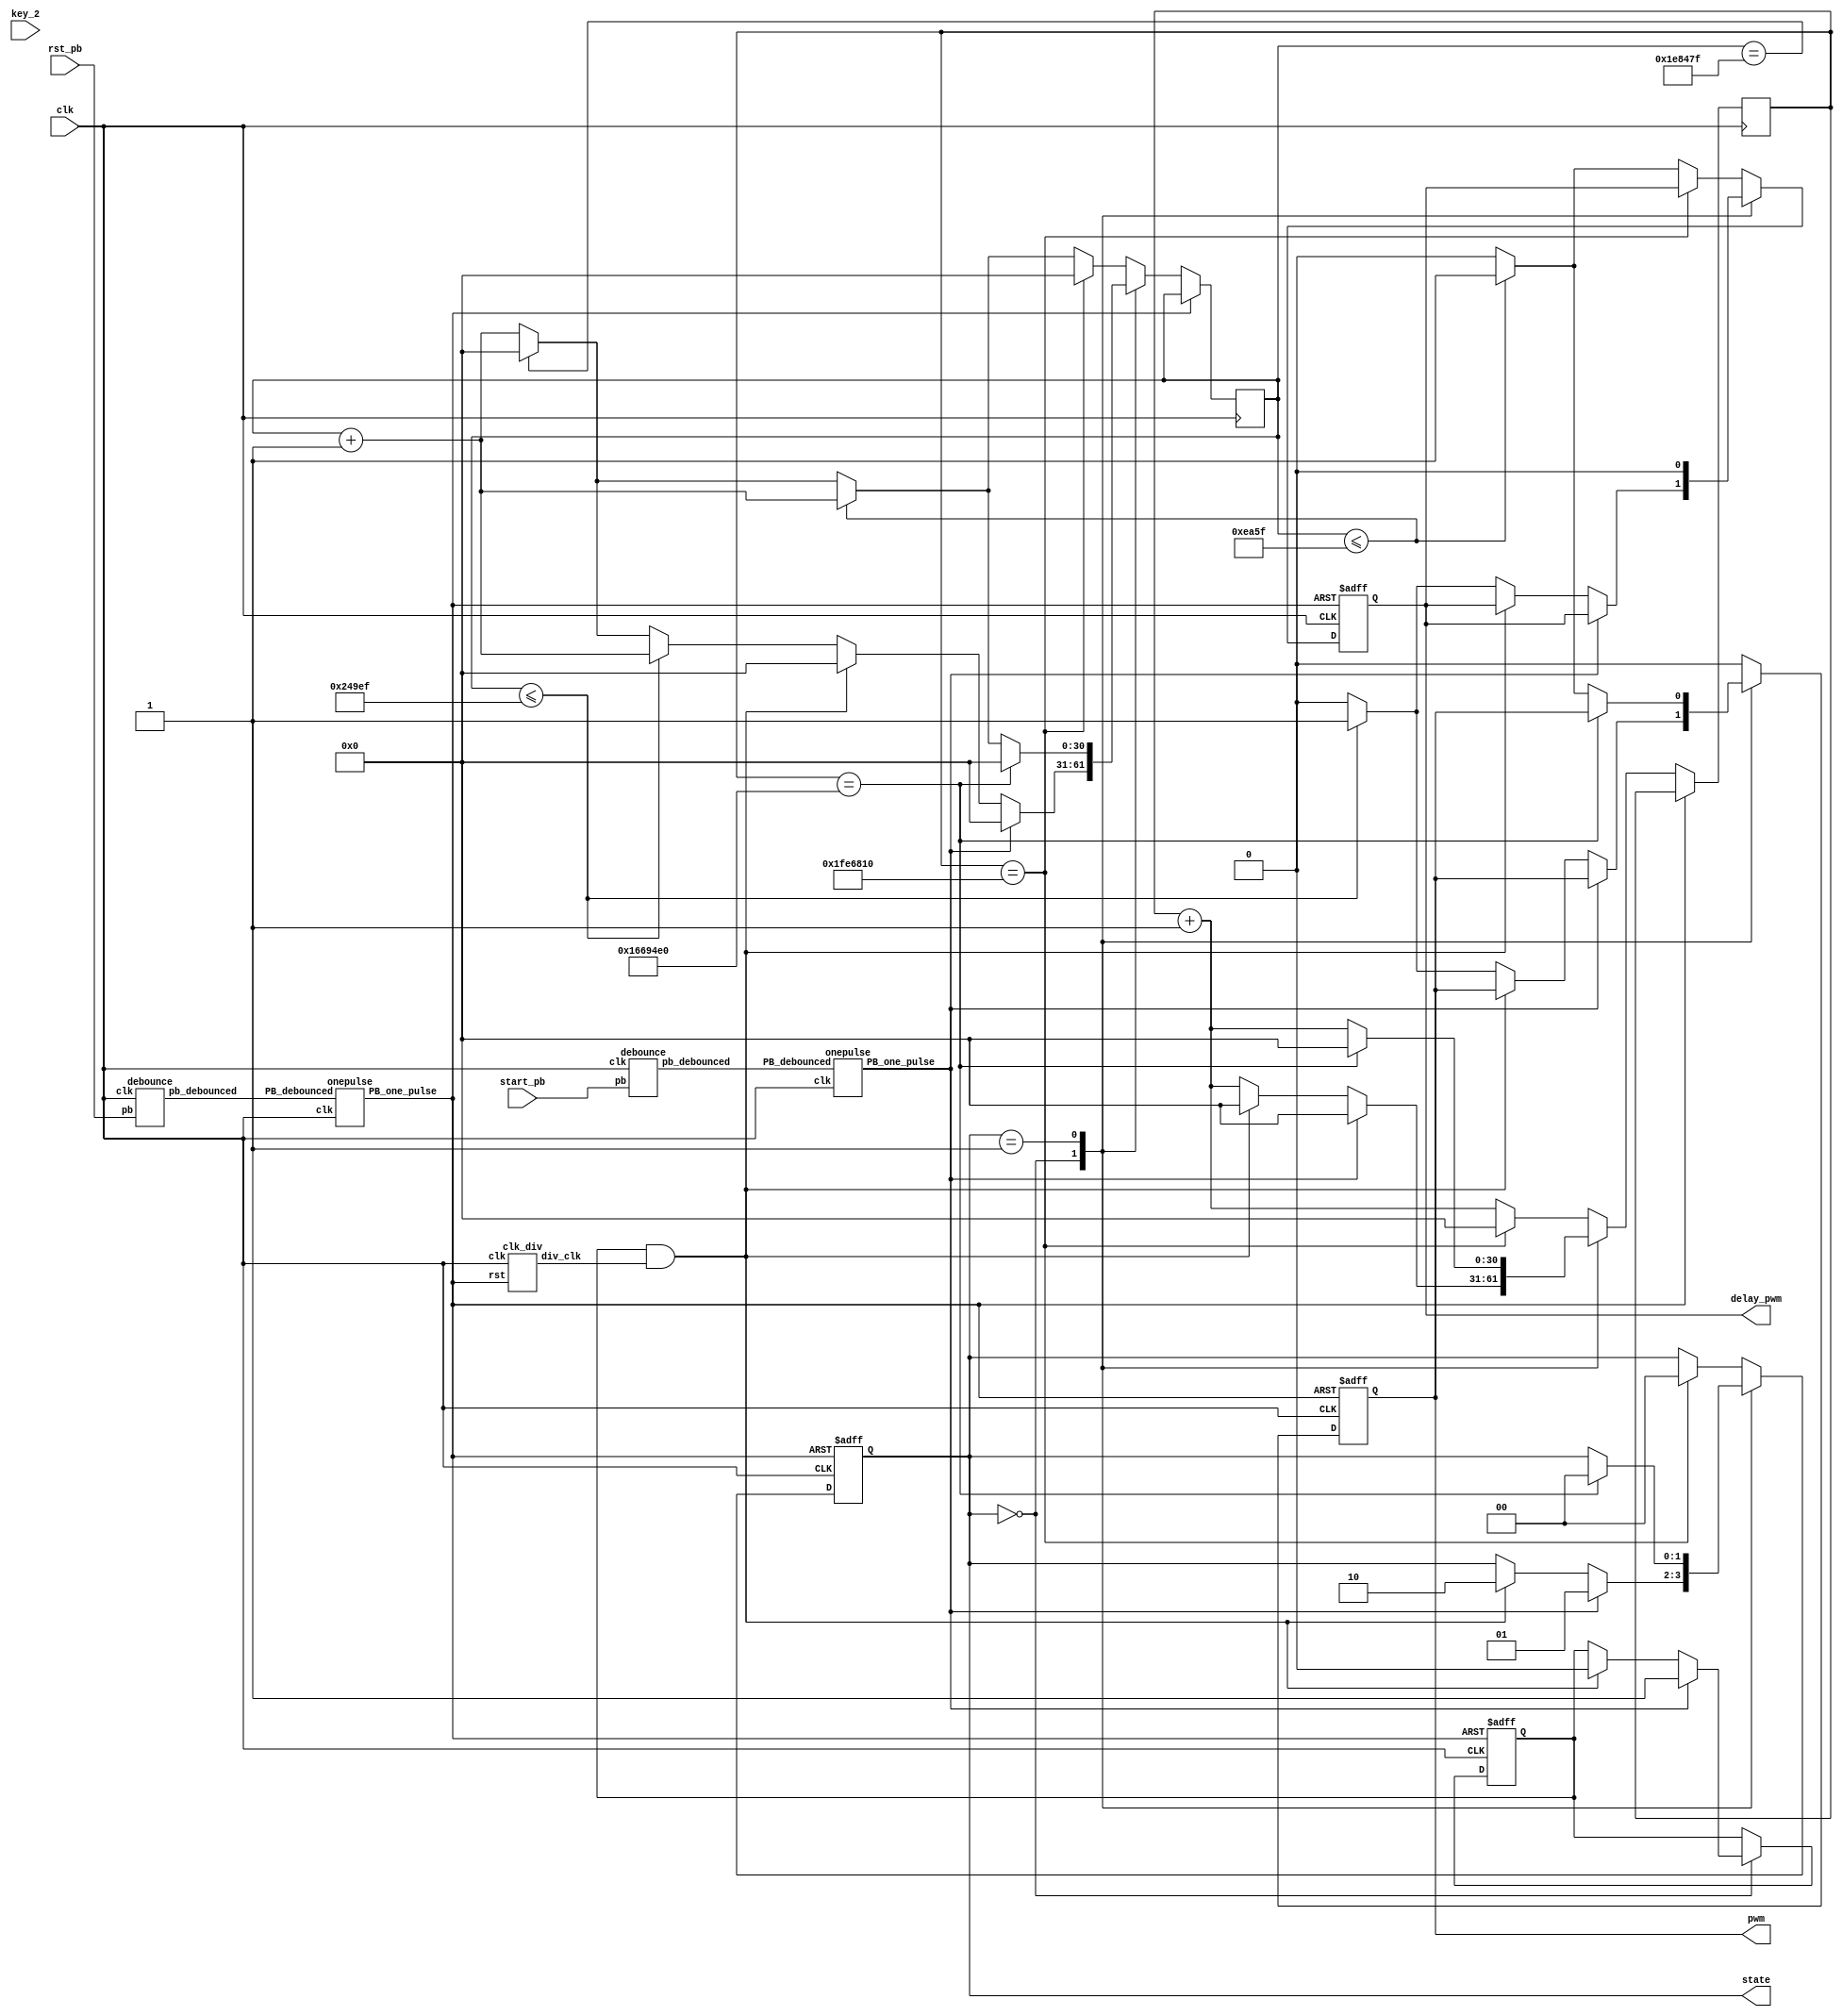
module SG90(
    input  rst_pb,
    input  clk,
    input  start_pb,
    input  key_2,
    output reg pwm,
    output reg delay_pwm,
    output reg [1:0]state // for testing
    );
    
    reg[30:0] cnt1;
    reg[30:0] cnt2;
    parameter MAX = 31'd23500000;
    parameter MAX_latter = 31'd33450000;
    
    wire rst_op, rst_db;
    debounce d0(rst_db, rst_pb, clk);
    onepulse d1(rst_db, clk, rst_op);

    wire start_op, start_db;
    debounce d2(start_db, start_pb, clk);
    onepulse d3(start_db, clk, start_op);

    wire div_clk;
    clk_div cd(rst_op, clk, div_clk);

    reg d_st;
    always@(posedge clk or posedge rst_op) begin
        if(rst_op)begin
                state <= 2'b00;
                d_st <= 1'b0;
                pwm <= 1'b0;
                delay_pwm <= 1'b1;
        end
        else begin
            case(state)
                2'b00:begin
                    if(start_op)begin
                        state <= 2'b01;
                        cnt1 <= 31'd0;
                        cnt2 <= 31'd0;
                        d_st <= 1'b1;
                        pwm <= pwm;
                        delay_pwm <= delay_pwm;
                    end
                    else if(d_st && div_clk)begin
                        state <= 2'b10;
                        cnt1 <= 31'd0;
                        cnt2 <= 31'd0;
                        d_st <= 1'b0;
                        pwm <= pwm;
                        delay_pwm <= delay_pwm;
                    end
                    else if(cnt1 <= 31'd149999)begin
                        state <= state;
                        cnt1 <= cnt1 + 1'b1;
                        cnt2 <= cnt2 + 1'b1;
                        d_st <= d_st;
                        pwm <= 1'b1;
                        delay_pwm <= 1'b1;
                    end
                    else if(cnt1 == 31'd1999999)begin
                        state <= state;
                        cnt2 <= cnt2 + 1'b1;
                        cnt1 <= 31'd0;
                        d_st <= d_st;
                        pwm <= 1'b0;
                        delay_pwm <= 1'b0;
                    end
                    else begin
                        state <= state;
                        cnt1 <= cnt1 + 1'b1;
                        cnt2 <= cnt2 + 1'b1;
                        d_st <= d_st;
                        pwm <= 1'b0;
                        delay_pwm <= 1'b0;
                    end
                end
                2'b01:begin
                    if(cnt2 == MAX)begin
                        state <= 2'b00;
                        cnt1 <= 31'd0;
                        cnt2 <= 31'd0;
                        pwm <= pwm;
                        delay_pwm <= 1'b0;
                    end
                    else if(cnt1 <= 31'd59999)begin
                        state <= state;
                        cnt1 <= cnt1 + 1'b1;
                        cnt2 <= cnt2 + 1'b1;                           
                        pwm <= 1'b1;
                        delay_pwm <= 1'b0;
                    end
                    else if(cnt1 == 31'd1999999)begin
                        state <= state;
                        cnt1 <= 31'd0;
                        cnt2 <= cnt2 + 1'b1;
                        pwm <= 1'b0;
                        delay_pwm <= 1'b0;
                    end
                    else begin
                        state <= state;
                        cnt1 <= cnt1 + 1'b1;
                        cnt2 <= cnt2 + 1'b1;                        
                        pwm <= 1'b0;
                        delay_pwm <= 1'b0;
                    end
                end
                default:begin
                    if(cnt2 == MAX_latter)begin
                        state <= 2'b00;
                        cnt1 <= 31'd0;
                        cnt2 <= 31'd0;
                        pwm <= 1'b0;
                        delay_pwm <= delay_pwm;
                    end
                    else if(cnt1 <= 31'd59999)begin
                        state <= state;
                        cnt1 <= cnt1 + 1'b1;
                        cnt2 <= cnt2 + 1'b1; 
                        pwm <= 1'b0;                          
                        delay_pwm <= 1'b1;
                    end
                    else if(cnt1 == 31'd1999999)begin
                        state <= state;
                        cnt1 <= 31'd0;
                        cnt2 <= cnt2 + 1'b1;
                        pwm <= 1'b0;
                        delay_pwm <= 1'b0;
                    end
                    else begin
                        state <= state;
                        cnt1 <= cnt1 + 1'b1;
                        cnt2 <= cnt2 + 1'b1;  
                        pwm <= 1'b0;
                        delay_pwm <= 1'b0;
                    end
                end
            endcase
        end
    end           
endmodule
module debounce (pb_debounced, pb, clk);
    output pb_debounced; 
    input pb;
    input clk;
    reg [4:0] DFF;
    
    always @(posedge clk) begin
        DFF[4:1] <= DFF[3:0];
        DFF[0] <= pb; 
    end
    assign pb_debounced = (&(DFF)); 
endmodule

module onepulse (PB_debounced, clk, PB_one_pulse);
    input PB_debounced;
    input clk;
    output reg PB_one_pulse;
    reg PB_debounced_delay;

    always @(posedge clk) begin
        PB_one_pulse <= PB_debounced & (! PB_debounced_delay);
        PB_debounced_delay <= PB_debounced;
    end 
endmodule
module clk_div(rst, clk, div_clk);
input rst, clk;
output div_clk;
wire [25:0]nxt_cnt;
reg [25:0]cnt;
reg div_clk;
assign nxt_cnt = cnt+1;

always@(posedge clk)begin
    if(rst)begin
        cnt <= 26'b0;
        div_clk <= 1'b0;
    end
    else begin
            if(cnt == 2**25-26'd800) begin
                div_clk <= 1'b1;
                cnt <= 25'b0;
            end else begin
                div_clk <= 1'b0;
                cnt <= nxt_cnt;
            end
    end
end
endmodule